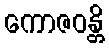
ကောဇဝန္တိ